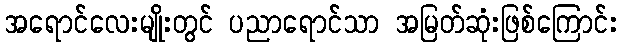
အရောင်လေးမျိုးတွင် ပညာရောင်သာ အမြတ်ဆုံးဖြစ်ကြောင်း